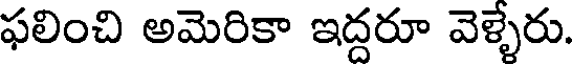
ఫలించి అమెరికా ఇద్దరూ వెళ్ళేరు.